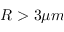
R > 3 \mu m